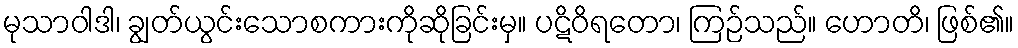
မုသာဝါဒါ၊ ချွတ်ယွင်းသောစကားကိုဆိုခြင်းမှ။ ပဋိဝိရတော၊ ကြဉ်သည်။ ဟောတိ၊ ဖြစ်၏။